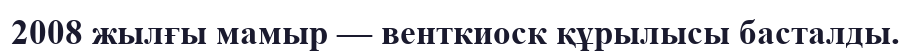
2008 жылғы мамыр — венткиоск құрылысы басталды.